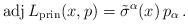
LaTeX: \begin{align*}\operatorname{adj}L_\mathrm{prin}(x,p)=\tilde\sigma^\alpha(x)\,p_\alpha\,.\end{align*}